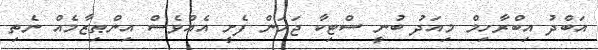
އަބްދު އިބްރާހިމް މިއަދު ބުނީ ސްޓިކާ ޖަހަން ފެށީ އެއްވެސް އިންޠިޒާމެއް ނެތި